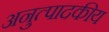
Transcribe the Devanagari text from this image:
अनुत्पादकीय